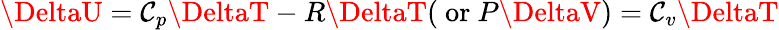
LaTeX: \DeltaU=\mathcal{C}_{p}\DeltaT-R\DeltaT({\mathrm{{~or~}}}P\DeltaV)=\mathcal{C}_{v}\DeltaT